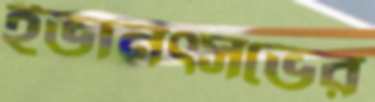
ইভানৎসভের